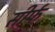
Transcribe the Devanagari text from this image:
सीर्फ